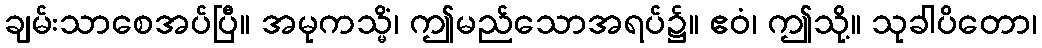
ချမ်းသာစေအပ်ပြီ။ အမုကသ္မိံ၊ ဤမည်သောအရပ်၌။ ဧဝံ၊ ဤသို့။ သုခါပိတော၊